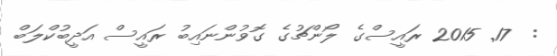
:  17